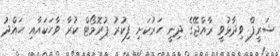
ޝަރީފް ވިދާޅުވީ ރާއްޖޭގެ ދިނީ ހަރުކަށި ފިކުރު ޕުރޮމޯޓް ކުރާ ވާހަކައާއި ހައްދު